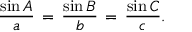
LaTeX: { \frac { \sin A } { a } } \, = \, { \frac { \sin B } { b } } \, = \, { \frac { \sin C } { c } } .